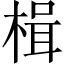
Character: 楫